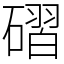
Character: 磖